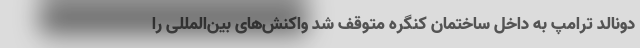
دونالد ترامپ به داخل ساختمان کنگره متوقف شد واکنش‌های بین‌المللی را